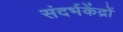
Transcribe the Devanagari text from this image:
संदर्भकेंद्रों